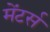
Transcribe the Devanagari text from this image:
मेंटर्स